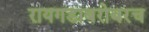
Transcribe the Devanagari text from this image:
रायगडाबरोबरच